Report of the Indian Hemp Drugs Commission, 1894-1895 - Volume III
Year: 1894
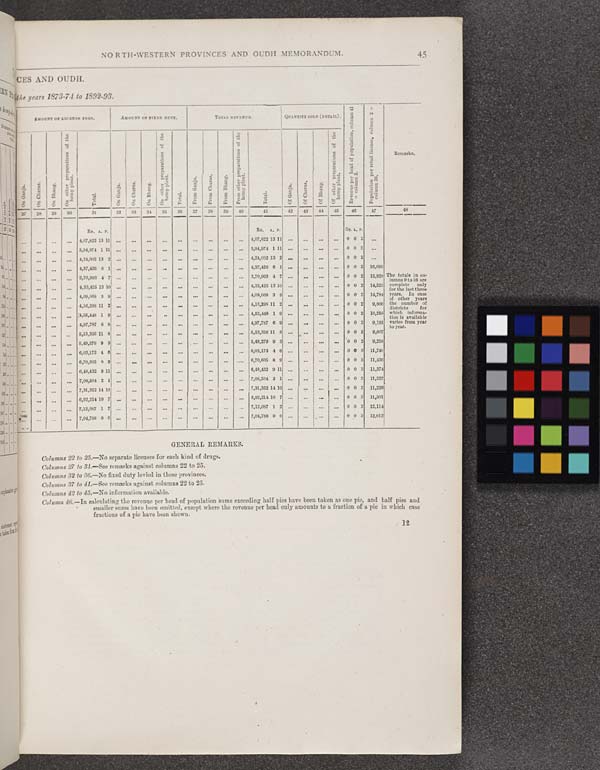
NORTH-WESTERN PROVINCES AND OUDH MEMORANDUM.
45
CES AND OUDH.
he years 1873-74 to 1892-93.
AMOUNT OF LICENCE FEES.
AMOUNT OF FIXED DUTY.
TOTAL REVENUE.
QUANTITY SOLD (RETAIL).
Revenue
per head of population, column 41
÷ column 2.
Population per retail license, column 2 ÷
column 26.
Remarks.
On Ganja.
On Charas.
On Bhang.
On other preparations of the
hemp plant.
Total.
On Ganja.
On Charas.
On Bhang.
On other preparations of the
hemp plant.
Total.
From Ganja.
From Charas.
From Bhang.
From other preparations of the
hemp plant.
Total.
Of Ganja.
Of Charas.
Of Bhang.
Of other preparations of the
hemp plant.
Revenue
per head of population, column 41
÷ column 2.
Population per retail license, column 2 ÷
column 26.
Remarks.
27
28
29
30
31
32
33
34
35
36
37
38
39
40
41
42
43
44
45
46
47
48
Rs. A. P.
Rs. A. P.
Rs. A. P.
4,07,822 13 11
4,07,822 13 11
0 0 2
3,94,974 1 11
3,94,974 1 11
0 0 2
4,24,002 13 2
4,24,002 13 2
0 0 2
4,37,426 6 1
4,37,426 6 1
0 0 2 16,099
The totals in co-
lumns 9 to 16 are
complete
only
for the last three
years. In case
of other years
the number of
districts
for
which informa-
tion is available
varies from year
to year.
3,70,903 4 7
3,70,993 4 7
0 0 2 15,928 The totals in co-
lumns 9 to 16 are
complete
only
for the last three
years. In case
of other years
the number of
districts
for
which informa-
tion is available
varies from year
to year.
4,33,425 13 10
4,33,425 13 10
0 0 2 14,325
The totals in co-
lumns 9 to 16 are
complete
only
for the last three
years. In case
of other years
the number of
districts
for
which informa-
tion is available
varies from year
to year.
4,09,068 3 9
4,09,068 3 9
0 0 2 14,784
The totals in co-
lumns 9 to 16 are
complete
only
for the last three
years. In case
of other years
the number of
districts
for
which informa-
tion is available
varies from year
to year.
4,16,298 11 2
4,16,298 11 2
0 0 2
9,806
The totals in co-
lumns 9 to 16 are
complete
only
for the last three
years. In case
of other years
the number of
districts
for
which informa-
tion is available
varies from year
to year.
4,55,448 1 9
4,55,448 1 9
0 0 2 10,258
The totals in co-
lumns 9 to 16 are
complete
only
for the last three
years. In case
of other years
the number of
districts
for
which informa-
tion is available
varies from year
to year.
4,97,787 6 9
4,97,787 6 9
0 0 2
9,191
The totals in co-
lumns 9 to 16 are
complete
only
for the last three
years. In case
of other years
the number of
districts
for
which informa-
tion is available
varies from year
to year.
5,53,356 11 8
5,53,356 11 8
0 0 2
9,007
The totals in co-
lumns 9 to 16 are
complete
only
for the last three
years. In case
of other years
the number of
districts
for
which informa-
tion is available
varies from year
to year.
5,49,279 9 3
5,49,279 9 3
0 0 2
9,216
6,03,173 4 6
6,03,173 4 6
0 0 3 11,740
6,70,605 8 9
6,70,605 8 9
0 0 3 11,436
6,48,432 9 11
6,48,432 9 11
0 0 3 11,374
7,08,504 2 1
7,08,504 2 1
0 0 3 11,327
7,31,352 14 10
7,31,352 14 10
0 0 3 11,226
6,92,214 10 7
6,92,214 10 7
0 0 3 11,301
7,12,087 1 7
7,12,087 1 2
0 0 3 12,114
7,04,788 0 0
7,04,788 0 0
0 0 3 12,012
GENERAL REMARKS.
Columns 22 to 25.—No separate licenses for each kind of drugs.
Columns 27 to 31.—See remarks against columns 22 to 25.
Columns 32 to 36.—No fixed duty levied in these provinces.
Columns 37 to 41.—See remarks against columns 22 to 25.
Columns 42 to 45.—No information available.
Column 46.—In calculating the revenue per head of population sums exceeding half pies have been taken as one pie, and half pies and
smaller sums have been omitted, except where the revenue per head only amounts to a fraction of a pie in which case
fractions of a pie have been shown.
12